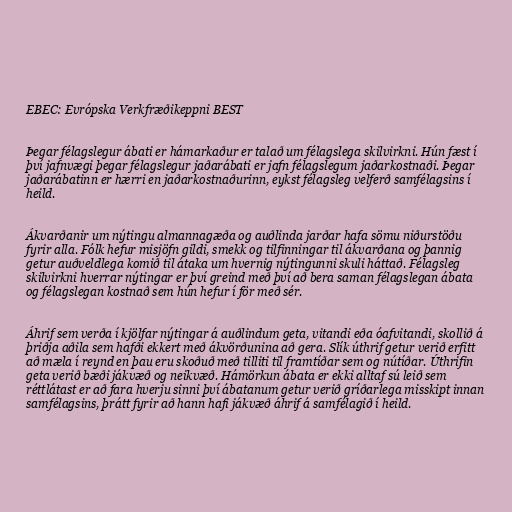
EBEC: Evrópska Verkfræðikeppni BEST

Þegar félagslegur ábati er hámarkaður er talað um félagslega skilvirkni. Hún fæst í
því jafnvægi þegar félagslegur jaðarábati er jafn félagslegum jaðarkostnaði. Þegar
jaðarábatinn er hærri en jaðarkostnaðurinn, eykst félagsleg velferð samfélagsins í
heild.

Ákvarðanir um nýtingu almannagæða og auðlinda jarðar hafa sömu niðurstöðu
fyrir alla. Fólk hefur misjöfn gildi, smekk og tilfinningar til ákvarðana og þannig
getur auðveldlega komið til átaka um hvernig nýtingunni skuli háttað. Félagsleg
skilvirkni hverrar nýtingar er því greind með því að bera saman félagslegan ábata
og félagslegan kostnað sem hún hefur í för með sér.

Áhrif sem verða í kjölfar nýtingar á auðlindum geta, vitandi eða óafvitandi, skollið á
þriðja aðila sem hafði ekkert með ákvörðunina að gera. Slík úthrif getur verið erfitt
að mæla í reynd en þau eru skoðuð með tilliti til framtíðar sem og nútíðar. Úthrifin
geta verið bæði jákvæð og neikvæð. Hámörkun ábata er ekki alltaf sú leið sem
réttlátast er að fara hverju sinni því ábatanum getur verið gríðarlega misskipt innan
samfélagsins, þrátt fyrir að hann hafi jákvæð áhrif á samfélagið í heild.